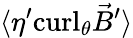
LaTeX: \langle\eta^{\prime}\mathrm{curl}_{\theta}{\vec{B}}^{\prime}\rangle